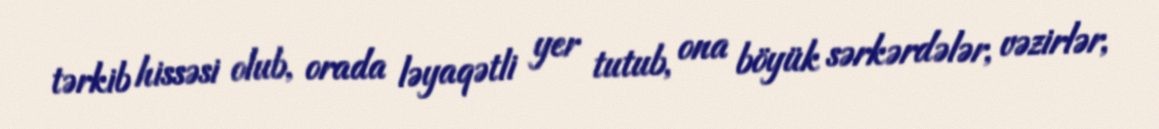
tərkib hissəsi olub, orada ləyaqətli yer tutub, ona böyük sərkərdələr, vəzirlər,